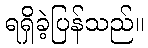
ရရှိခဲ့ပြန်သည်။